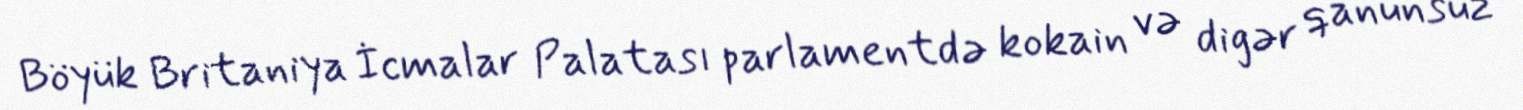
Böyük Britaniya İcmalar Palatası parlamentdə kokain və digər qanunsuz